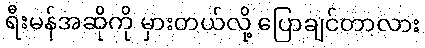
ရီးမန်အဆိုကို မှားတယ်လို့ ပြောချင်တာလား